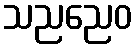
သညညေဝ